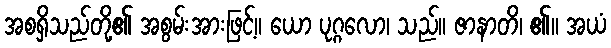
အစရှိသည်တို့၏ အစွမ်းအားဖြင့်။ ယော ပုဂ္ဂလော၊ သည်။ ဇာနာတိ၊ ၏။ အယံ